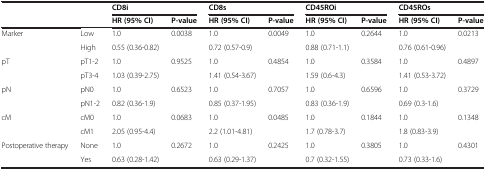
<table><thead><tr><td><b> </b></td><td><b> </b></td><td><b>CD8i</b></td><td><b> </b></td><td><b>CD8s</b></td><td><b> </b></td><td><b>CD45ROi</b></td><td><b> </b></td><td><b>CD45ROs</b></td><td><b> </b></td></tr><tr><td><b> </b></td><td><b> </b></td><td><b>HR (95% CI)</b></td><td><b>P-value</b></td><td><b>HR (95% CI)</b></td><td><b>P-value</b></td><td><b>HR (95% CI)</b></td><td><b>P-value</b></td><td><b>HR (95% CI)</b></td><td><b>P-value</b></td></tr></thead><tbody><tr><td>Marker</td><td>Low</td><td>1.0</td><td>0.0038</td><td>1.0</td><td>0.0049</td><td>1.0</td><td>0.2644</td><td>1.0</td><td>0.0213</td></tr><tr><td> </td><td>High</td><td>0.55 (0.36-0.82)</td><td> </td><td>0.72 (0.57-0.9)</td><td> </td><td>0.88 (0.71-1.1)</td><td> </td><td>0.76 (0.61-0.96)</td><td> </td></tr><tr><td>pT</td><td>pT1-2</td><td>1.0</td><td>0.9525</td><td>1.0</td><td>0.4854</td><td>1.0</td><td>0.3584</td><td>1.0</td><td>0.4897</td></tr><tr><td> </td><td>pT3-4</td><td>1.03 (0.39-2.75)</td><td> </td><td>1.41 (0.54-3.67)</td><td> </td><td>1.59 (0.6-4.3)</td><td> </td><td>1.41 (0.53-3.72)</td><td> </td></tr><tr><td>pN</td><td>pN0</td><td>1.0</td><td>0.6523</td><td>1.0</td><td>0.7057</td><td>1.0</td><td>0.6596</td><td>1.0</td><td>0.3729</td></tr><tr><td> </td><td>pN1-2</td><td>0.82 (0.36-1.9)</td><td> </td><td>0.85 (0.37-1.95)</td><td> </td><td>0.83 (0.36-1.9)</td><td> </td><td>0.69 (0.3-1.6)</td><td> </td></tr><tr><td>cM</td><td>cM0</td><td>1.0</td><td>0.0683</td><td>1.0</td><td>0.0485</td><td>1.0</td><td>0.1844</td><td>1.0</td><td>0.1348</td></tr><tr><td> </td><td>cM1</td><td>2.05 (0.95-4.4)</td><td> </td><td>2.2 (1.01-4.81)</td><td> </td><td>1.7 (0.78-3.7)</td><td> </td><td>1.8 (0.83-3.9)</td><td> </td></tr><tr><td>Postoperative therapy</td><td>None</td><td>1.0</td><td>0.2672</td><td>1.0</td><td>0.2425</td><td>1.0</td><td>0.3805</td><td>1.0</td><td>0.4301</td></tr><tr><td> </td><td>Yes</td><td>0.63 (0.28-1.42)</td><td> </td><td>0.63 (0.29-1.37)</td><td> </td><td>0.7 (0.32-1.55)</td><td> </td><td>0.73 (0.33-1.6)</td><td> </td></tr></tbody></table>